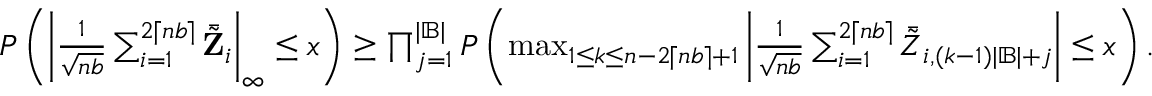
\begin{array} { r } { P \left( \left| \frac { 1 } { \sqrt { n b } } \sum _ { i = 1 } ^ { 2 \lceil n b \rceil } \bar { \tilde { \mathbf Z } } _ { i } \right| _ { \infty } \leq x \right) \geq \prod _ { j = 1 } ^ { | \mathbb { B } | } P \left( \operatorname* { m a x } _ { 1 \leq k \leq n - 2 \lceil n b \rceil + 1 } \left| \frac { 1 } { \sqrt { n b } } \sum _ { i = 1 } ^ { 2 \lceil n b \rceil } \bar { \tilde { Z } } _ { i , ( k - 1 ) | \mathbb { B } | + j } \right| \leq x \right) . } \end{array}